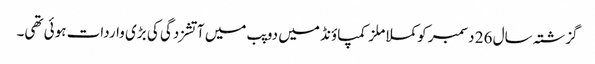
گزشتہ سال 26 دسمبر کو کملا ملز کمپاؤنڈ میں دو پب میں آتشزدگی کی بڑی واردات ہوئی تھی۔